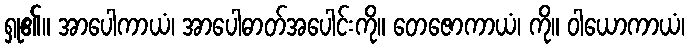
ရှု၏။ အာပေါကာယံ၊ အာပေါဓာတ်အပေါင်းကို။ တေဇောကာယံ၊ ကို။ ဝါယောကာယံ၊